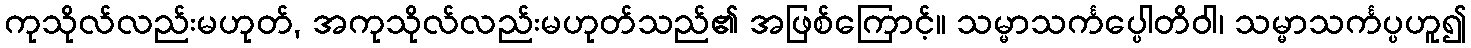
ကုသိုလ်လည်းမဟုတ်, အကုသိုလ်လည်းမဟုတ်သည်၏ အဖြစ်ကြောင့်။ သမ္မာသင်္ကပ္ပေါတိဝါ၊ သမ္မာသင်္ကပ္ပဟူ၍